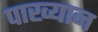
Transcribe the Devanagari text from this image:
पाख्यान